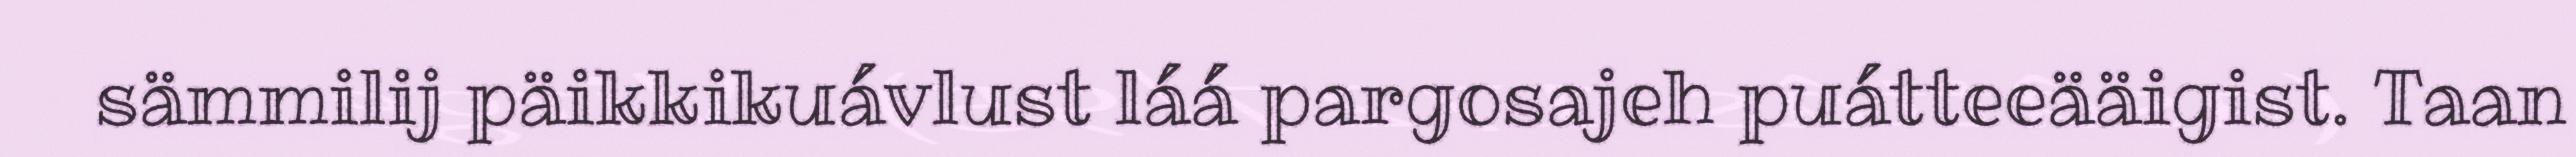
sämmilij päikkikuávlust láá pargosajeh puátteeääigist. Taan